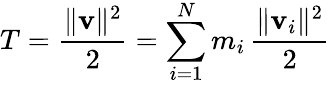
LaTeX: T={\frac{\Vert\mathbf{v}\Vert^{2}}{2}}=\sum_{i=1}^{N}m_{i}\, {\frac{\Vert\mathbf{v}_{i}\Vert^{2}}{2}}